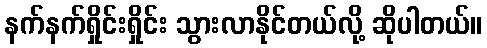
နက်နက်ရှိုင်းရှိုင်း သွားလာနိုင်တယ်လို့ ဆိုပါတယ်။